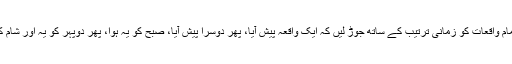
اگر ان تمام واقعات کو زمانی ترتیب کے ساتھ جوڑ لیں کہ ایک واقعہ پیش آیا، پھر دوسرا پیش آیا، صبح کو یہ ہوا، پھر دوپہر کو یہ اور شام کو یہ ہوا۔